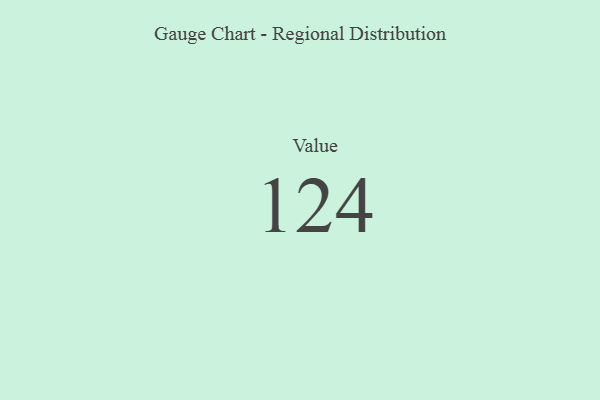
{"axis": {"x": "Metric", "y": "Value"}, "legend": [""], "data": [{"x": "Value", "y": 124, "type": ""}]}